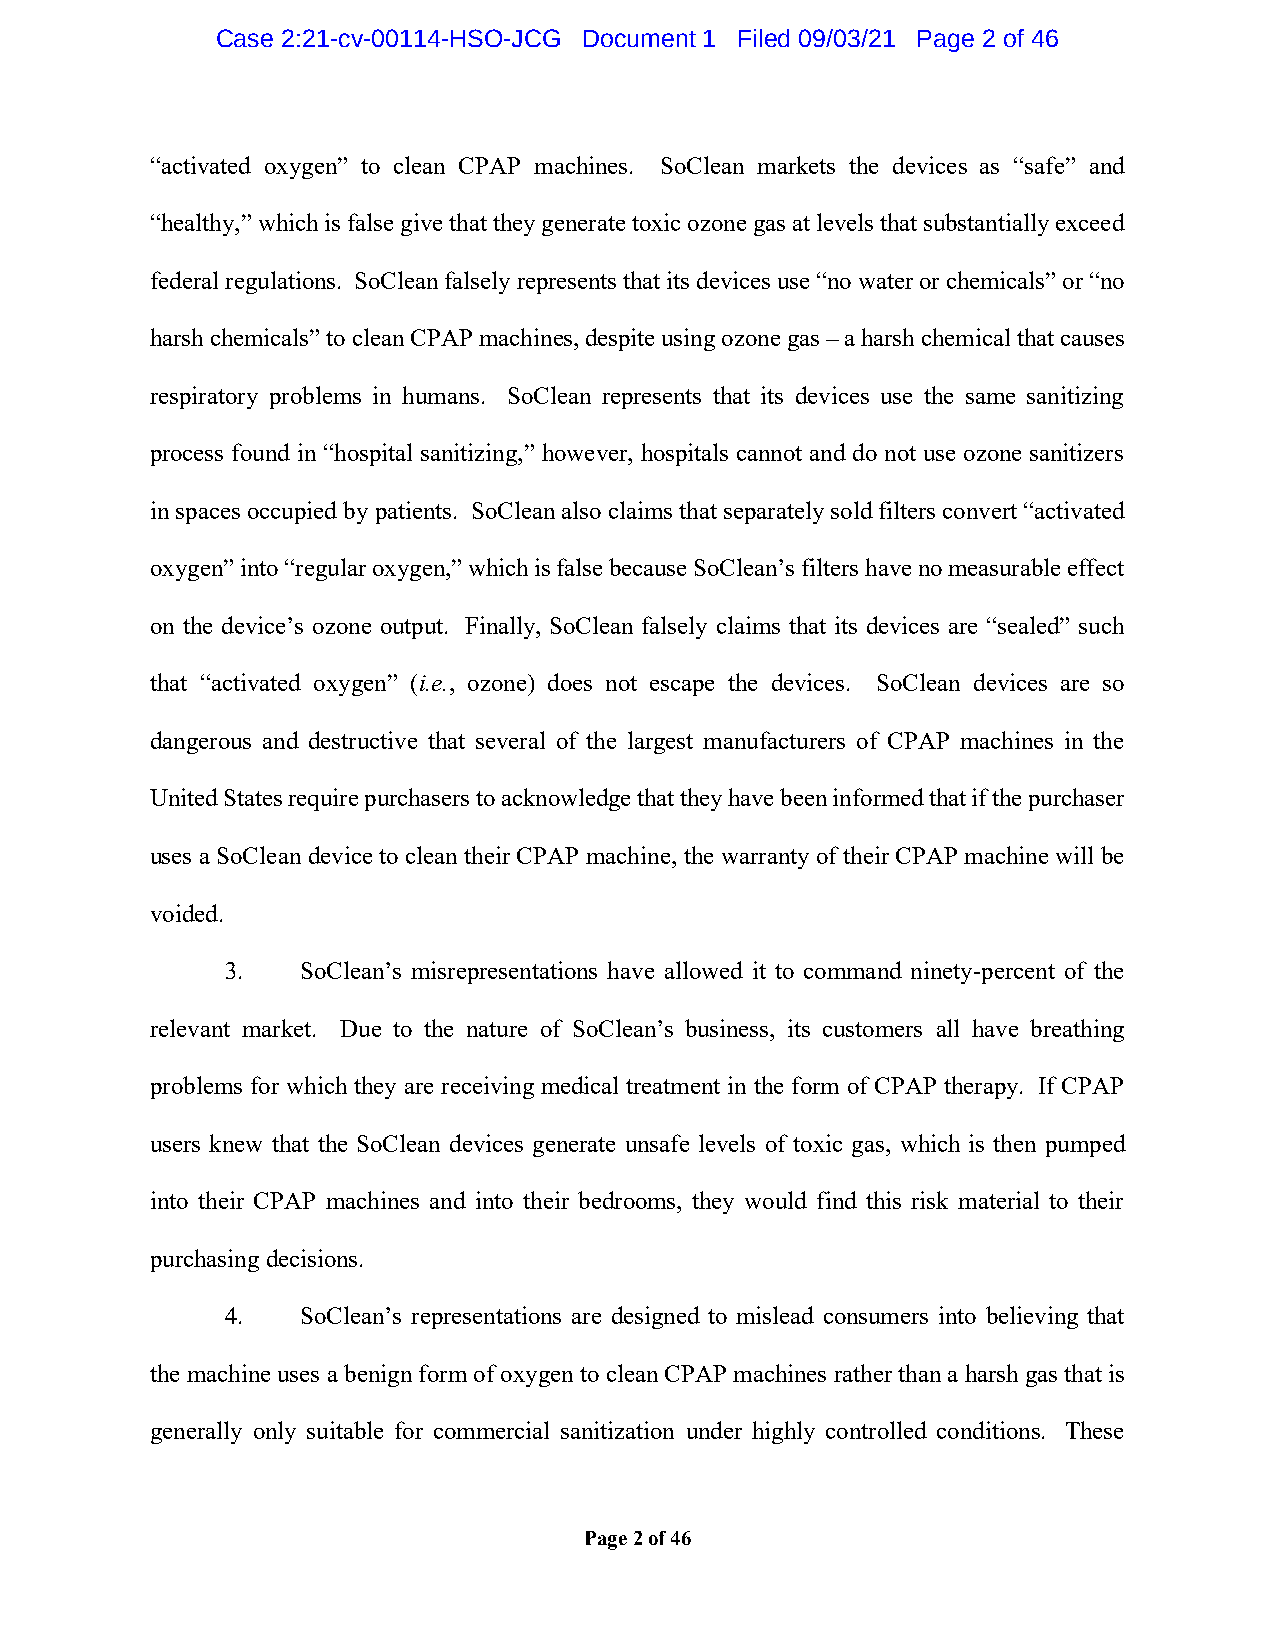
Case 2:21-cv-00114-HSO-JCG Document 1 Filed 09/03/21 Page 2 of 46
 “activated oxygen” to clean CPAP machines. SoClean markets the devices as “safe” and
 “healthy,” which is false give that they generate toxic ozone gas at levels that substantially exceed
 federal regulations. SoClean falsely represents that its devices use “no water or chemicals” or “no
 harsh chemicals” to clean CPAP machines, despite using ozone gas – a harsh chemical that causes
 respiratory problems in humans. SoClean represents that its devices use the same sanitizing
 process found in “hospital sanitizing,” however, hospitals cannot and do not use ozone sanitizers
 in spaces occupied by patients. SoClean also claims that separately sold filters convert “activated
 oxygen” into “regular oxygen,” which is false because SoClean’s filters have no measurable effect
 on the device’s ozone output. Finally, SoClean falsely claims that its devices are “sealed” such
 that “activated oxygen” (i.e., ozone) does not escape the devices. SoClean devices are so
 dangerous and destructive that several of the largest manufacturers of CPAP machines in the
 United States require purchasers to acknowledge that they have been informed that if the purchaser
 uses a SoClean device to clean their CPAP machine, the warranty of their CPAP machine will be
 voided.
 3.   SoClean’s misrepresentations have allowed it to command ninety-percent of the
 relevant market. Due to the nature of SoClean’s business, its customers all have breathing
 problems for which they are receiving medical treatment in the form of CPAP therapy. If CPAP
 users knew that the SoClean devices generate unsafe levels of toxic gas, which is then pumped
 into their CPAP machines and into their bedrooms, they would find this risk material to their
 purchasing decisions.
 4.   SoClean’s representations are designed to mislead consumers into believing that
 the machine uses a benign form of oxygen to clean CPAP machines rather than a harsh gas that is
 generally only suitable for commercial sanitization under highly controlled conditions. These
 Page 2 of 46